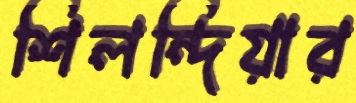
শিলন্দিয়ার